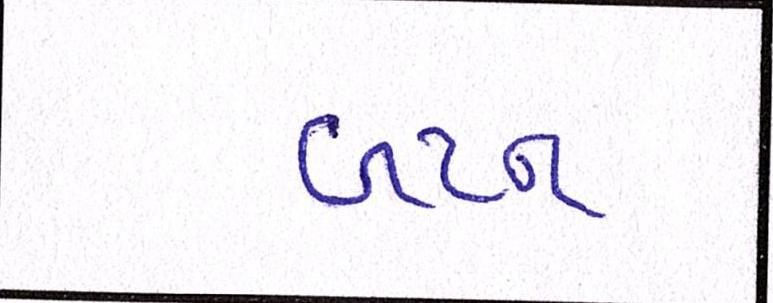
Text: બટન